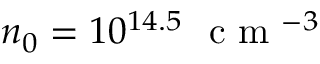
n _ { 0 } = 1 0 ^ { 1 4 . 5 } ~ \mathrm { ~ c ~ m ~ } ^ { - 3 }